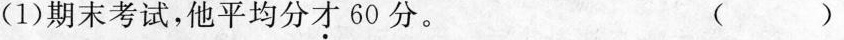
(1)期末考试，他平均分才60分。 （）